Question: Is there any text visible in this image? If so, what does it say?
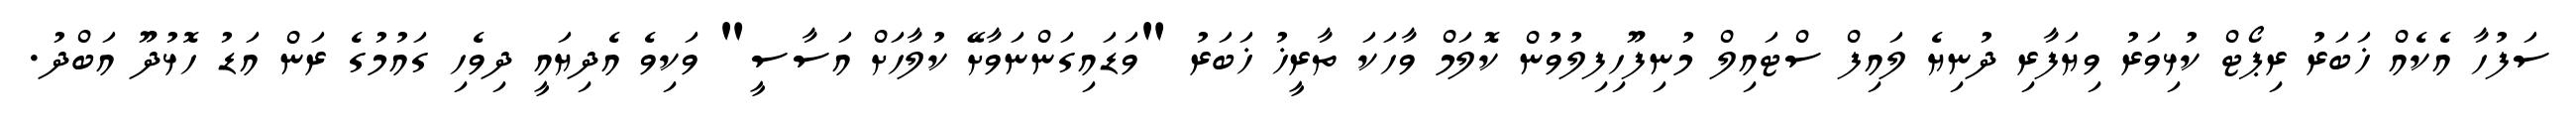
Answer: ސަފުހާ އެކެއް ޚަބަރު ރިޕޯޓް ކުޅިވަރު ވިޔަފާރި ދުނިޔެ ލައިފް ސްޓައިލް މުނިފޫހިފިލުވުން ކޮލަމް ވާހަކަ ތާރީޚު ޚަބަރު "ވަޑައިގަންނަވާށޭ ކުލާހަށް އަސާސީ" ވަކިވެ އެދިޔައީ ދިވެހި ގައުމުގެ ރަން އަޑު ހޮޅުދޫ އަބްދު.